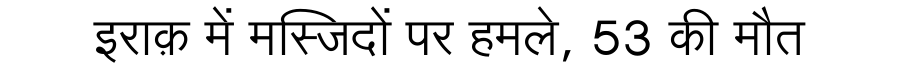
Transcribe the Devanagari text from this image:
इराक़ में मस्जिदों पर हमले, 53 की मौत